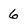
Character: 6